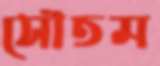
সৌতম